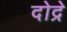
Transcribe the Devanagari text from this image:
दोद्रे